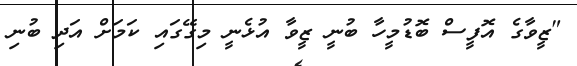
"ޒީވާގެ އޮފީސް ބޮޑުމީހާ ބުނީ ޒީވާ އުޅެނީ މިގޭގައި ކަމަށް އަދި ބުނި